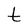
Character: t